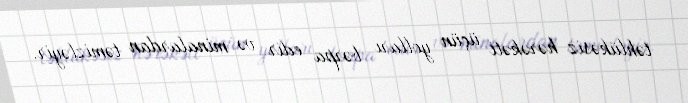
təhlükəsiz hərəkəti üçün yolları bərpa edir və minalardan təmizləyir.